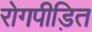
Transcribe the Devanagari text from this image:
रोगपीड़ित